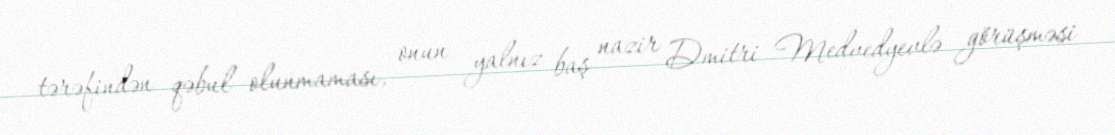
tərəfindən qəbul olunmaması, onun yalnız baş nazir Dmitri Medvedyevlə görüşməsi